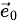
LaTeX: \scriptstyle{\vec{e}}_{0}